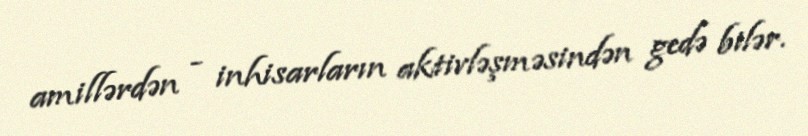
amillərdən - inhisarların aktivləşməsindən gedə bilər.